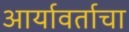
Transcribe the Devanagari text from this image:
आर्यावर्ताचा